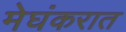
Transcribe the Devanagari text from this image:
मेघंकरात